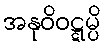
အနုဝိဝဋ္ဋမ္ပိ